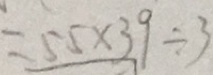
= 5 5 \times 3 9 \div 3